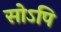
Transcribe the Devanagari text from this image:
सोऽपि